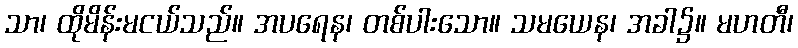
သာ၊ ထိုမိန်းမငယ်သည်။ အပရေန၊ တစ်ပါးသော။ သမယေန၊ အခါ၌။ မဟတီ၊